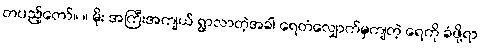
တပည့်တော်။ ။ မိုး အကြီးအကျယ် ရွာလာတဲ့အခါ ရေတံလျှောက်မှကျတဲ့ ရေကို ခံဖို့ရာ